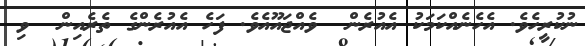
ނުކުރީހެވެ. އެހެނެއްކަމަކު އެއުރެން  ވެއްޖައޫއެވެ. ފަހެ އެއުރެންގެ ތެރެއިން  ވި